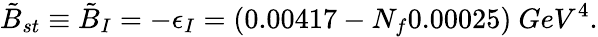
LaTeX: \tilde{B}_{st}\equiv\tilde{B}_{I}=-\epsilon_{I}=(0.00417-N_{f}0.00025)\ GeV^{4}.